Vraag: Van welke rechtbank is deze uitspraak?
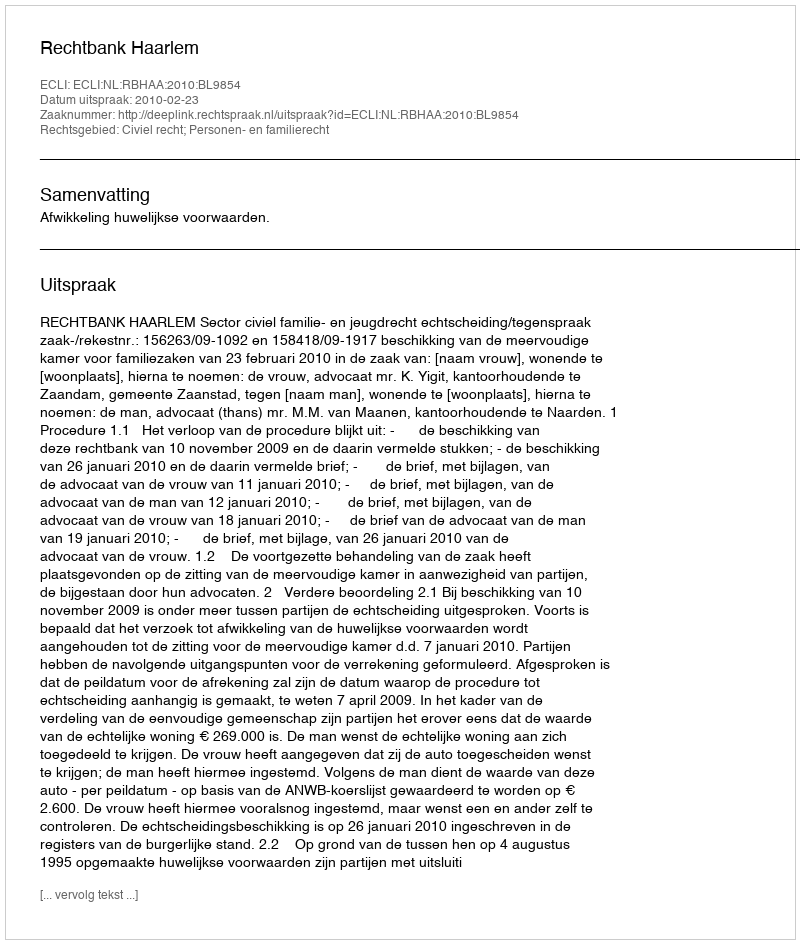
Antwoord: Rechtbank Haarlem